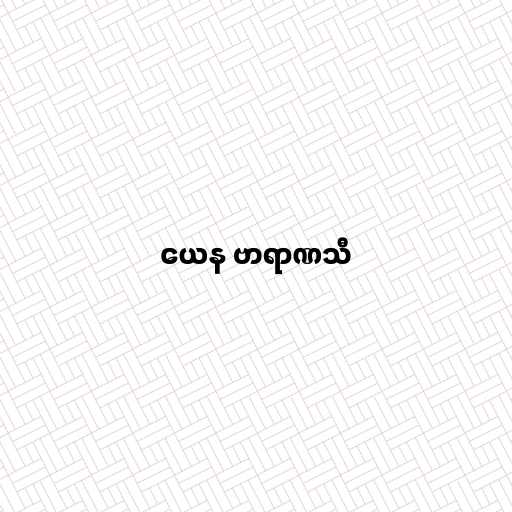
ယေန ဗာရာဏသီ